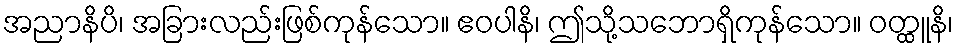
အညာနိပိ၊ အခြားလည်းဖြစ်ကုန်သော။ ဧဝပါနိ၊ ဤသို့သဘောရှိကုန်သော။ ဝတ္ထူနိ၊